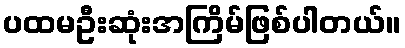
ပထမဦးဆုံးအကြိမ်ဖြစ်ပါတယ်။